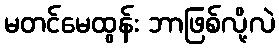
မတင်မေထွန်း ဘာဖြစ်လို့လဲ